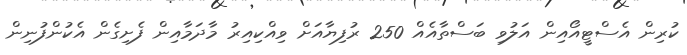
ކުރިން އެސްޓީއޯއިން އަލުވި ބަސްތާއެއް 250 ރުފިޔާއަށް ވިއްކިއިރު މާދަމާއިން ފެށިގެން އެކުންފުނިން